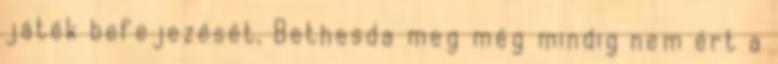
játék befejezését, Bethesda meg még mindig nem ért a